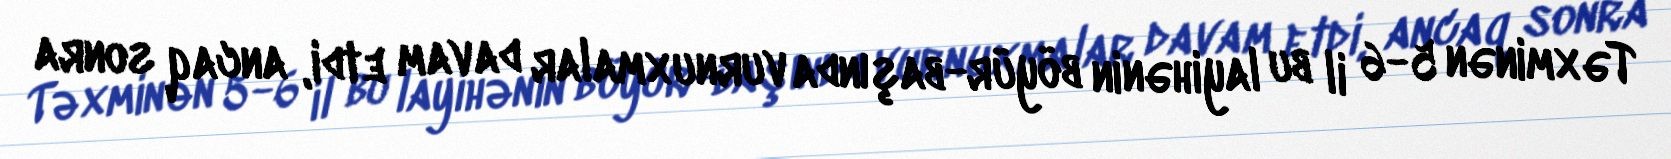
Təxminən 5-6 il bu layihənin böyür-başında vurnuxmalar davam etdi, ancaq sonra